Plague in India, 1896, 1897 - Volume 3
Year: 1896
Disease focus: Plague
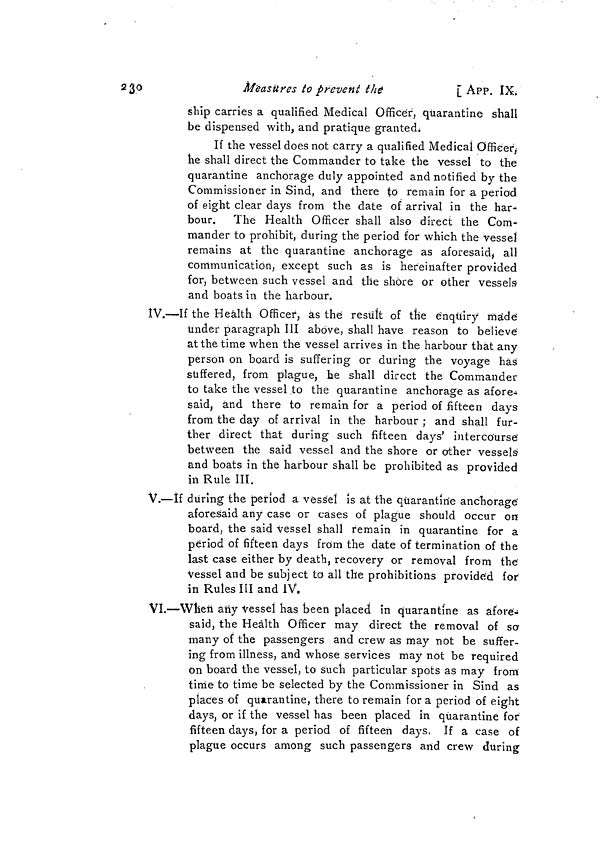
230
Measures to prevent
the
[ APP. IX.
ship carries a qualified Medical Officer, quarantine shall
be dispensed with, and pratique granted.
If the vessel does not carry a qualified Medical Officer,
he shall direct the Commander to take the vessel to the
quarantine anchorage duly appointed and notified by the
Commissioner in Sind, and there to remain for a period
of eight clear days from the date of arrival in the har-
bour. The Health Officer shall also direct the Com-
mander to prohibit, during the period for which the vessel
remains at the quarantine anchorage as aforesaid, all
communication, except such as is hereinafter provided
for, between such vessel and the shore or other vessels
and boats in the harbour.
IV.—If the Health Officer, as the result of the enquiry made
under paragraph III above, shall have reason to believe
at the time when the vessel arrives in the harbour that any
person on board is suffering or during the voyage has
suffered, from plague, he shall direct the Commander
to take the vessel to the quarantine anchorage as afore-
said, and there to remain for a period of fifteen days
from the day of arrival in the harbour ; and shall fur-
ther direct that during such fifteen days' intercourse
between the said vessel and the shore or other vessels
and boats in the harbour shall be prohibited as provided
in Rule III.
V.—If during the period a vessel is at the quarantine anchorage
aforesaid any case or cases of plague should occur on
board, the said vessel shall remain in quarantine for a
period of fifteen days from the date of termination of the
last case either by death, recovery or removal from the
Vessel and be subject to all the prohibitions provided for
in Rules III and IV.
VI.—When any vessel has been placed in quarantine as afore-
said, the Health Officer may direct the removal of sa
many of the passengers and crew as may not be suffer-
ing from illness, and whose services may not be required
on board the vessel, to such particular spots as may from
time to time be selected by the Commissioner in Sind as
places of quarantine, there to remain for a period of eight
days, or if the vessel has been placed in quarantine for
fifteen days, for a period of fifteen days. If a case of
plague occurs among such passengers and crew during